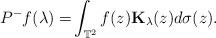
LaTeX: \begin{align*}P^{-}f(\lambda)=&\int_{\mathbb{T}^{2}}f(z)\mathbf{K}_{{\lambda}}(z)d\sigma(z).\\\end{align*}